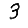
Digit: 3